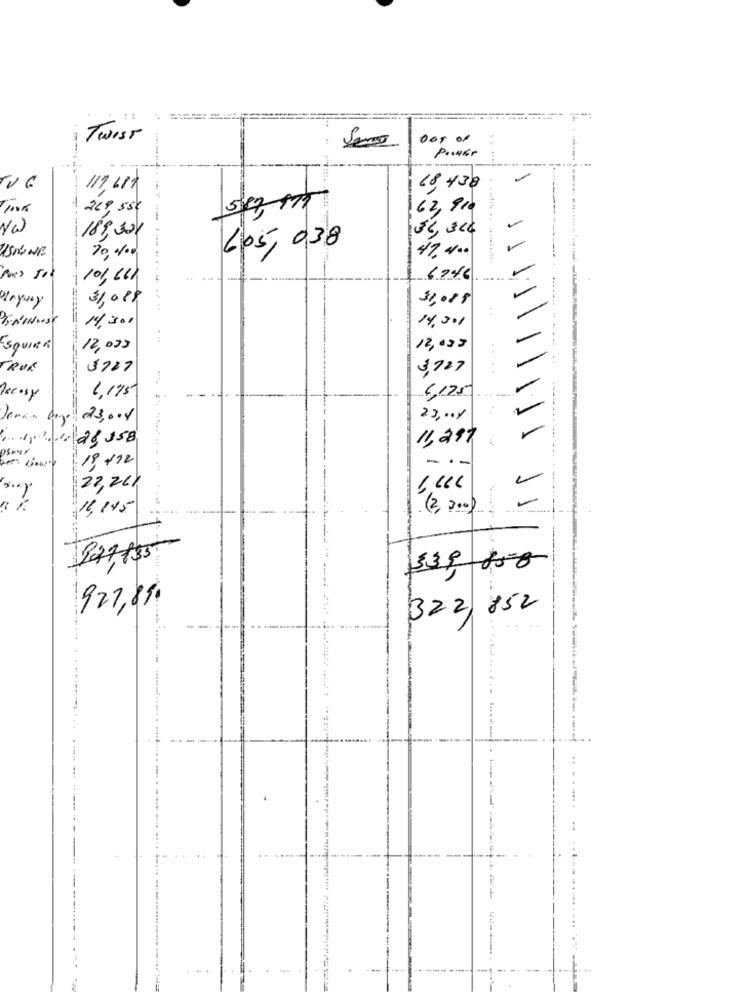
14
Twist
:
117,12
18,438
62,910
18,000
405, 038
47.400
70 4/00
101, 11
6746
31,00$
31,088
14,301
14.301
Esquina
12,000
12,033
TRUE
5727
$727
....
6,125
Reeasy
1,195
---
Demain boy 23,004
23,008
11,297
19, 172
22,261
14, 145
(3, 300)
339 85-8
927,85.
322, 852
---
--- -
--